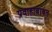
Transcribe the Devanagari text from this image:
प्रवाहाबाबत